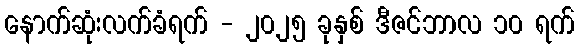
နောက်ဆုံးလက်ခံရက် - ၂၀၂၅ ခုနှစ် ဒီဇင်ဘာလ ၁၀ ရက်